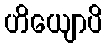
ဟိယျောပိ